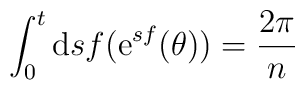
\int_{0}^{t} {\rm d} s f ({\rm e}^{sf}(\theta)) = \frac{2 \pi}{n}